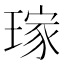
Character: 𤨎